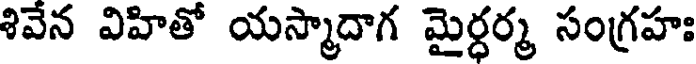
శివేన విహితో యస్మాదాగ మైర్ధర్మ సంగ్రహః